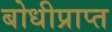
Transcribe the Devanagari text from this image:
बोधीप्राप्त